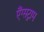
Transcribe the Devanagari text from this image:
एैंग्सट्राम